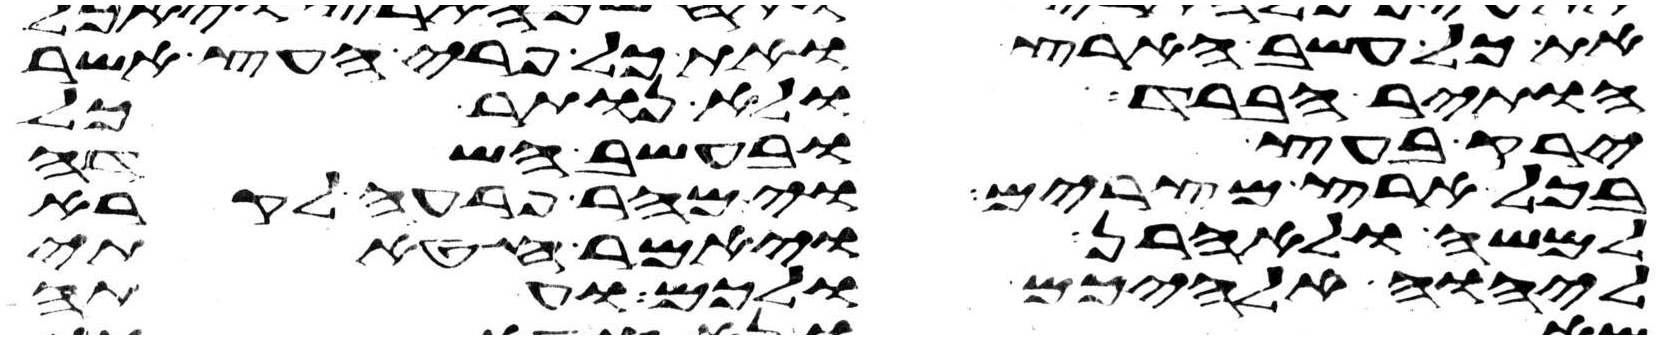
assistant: את כל עשב הארץ ואת כל פרי העץ אשר
הותיר הברד ולא נותר כל
ירק בעץ ובעשב השדה
בכל ארץ מצרים וימהר פרעה לקרא
למשה ולאהרן ויאמר חטאתי
ליהוה אלהיכם ולכם ועתה